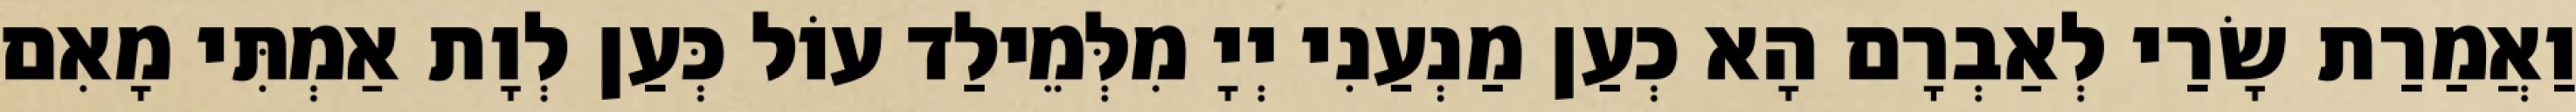
וַאֲמַרַת שָׂרַי לְאַבְרָם הָא כְעַן מַנְעַנִי יְיָ מִלְּמֵילַד עוֹל כְּעַן לְוָת אַמְתִּי מָאִם